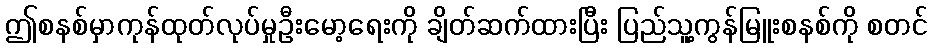
ဤစနစ်မှာကုန်ထုတ်လုပ်မှုဦးမော့ရေးကို ချိတ်ဆက်ထားပြီး ပြည်သူ့ကွန်မြူးစနစ်ကို စတင်